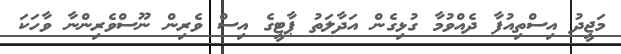
މަޖީދު އިސްތިއުފާ ދެއްވުމާ ގުޅިގެން އަދާލަތު ޕާޓީގެ އިސް ވެރިން ނޫސްވެރިންނާ ވާހަކަ